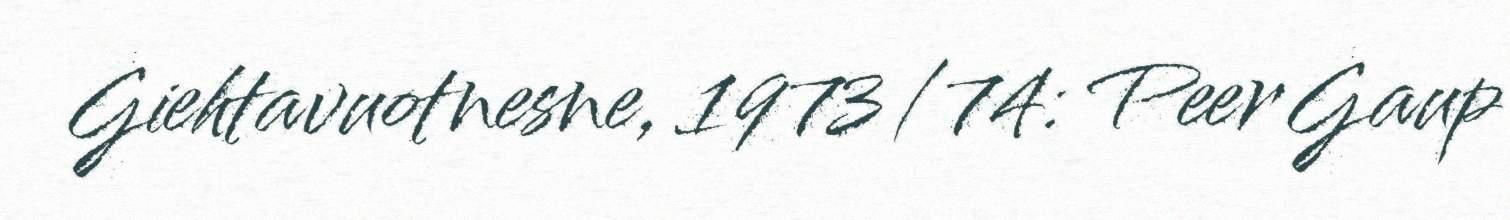
Giehtavuotnesne, 1973/74: Peer Gaup